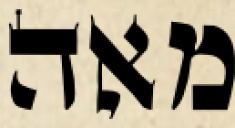
מאה